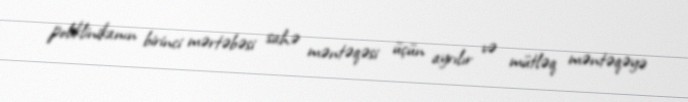
poliklinikanın birinci mərtəbəsi sahə məntəqəsi üçün ayrılır və mütləq məntəqəyə